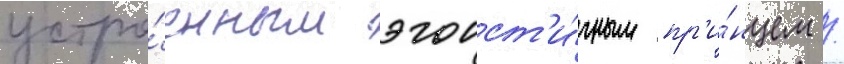
устро́енным эгоист'и́чным пр'и́нцем /